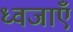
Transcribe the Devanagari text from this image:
ध्वजाएँ